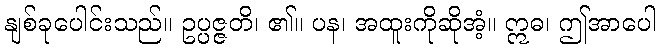
နျစ်ခုပေါင်းသည်။ ဥပ္ပဇ္ဇတိ၊ ၏။ ပန၊ အထူးကိုဆိုအံ့။ ဣဓ၊ ဤအာပေါ